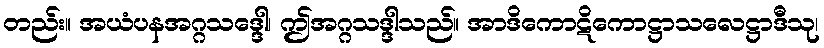
တည်း။ အယံပနအဂ္ဂသဒ္ဒေါ၊ ဤအဂ္ဂသဒ္ဒါသည်။ အာဒိကောဋိကောဋ္ဌာသလေဋ္ဌာဒီသု၊